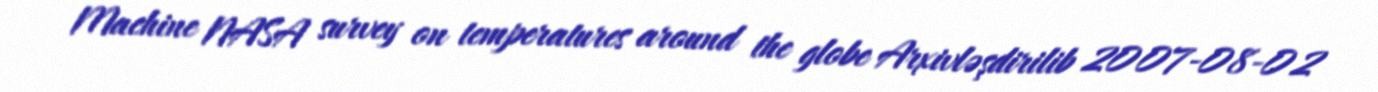
Machine NASA survey on temperatures around the globe Arxivləşdirilib 2007-08-02